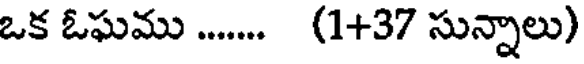
ఒక ఓఘము ...... (1+37 సున్నాలు)